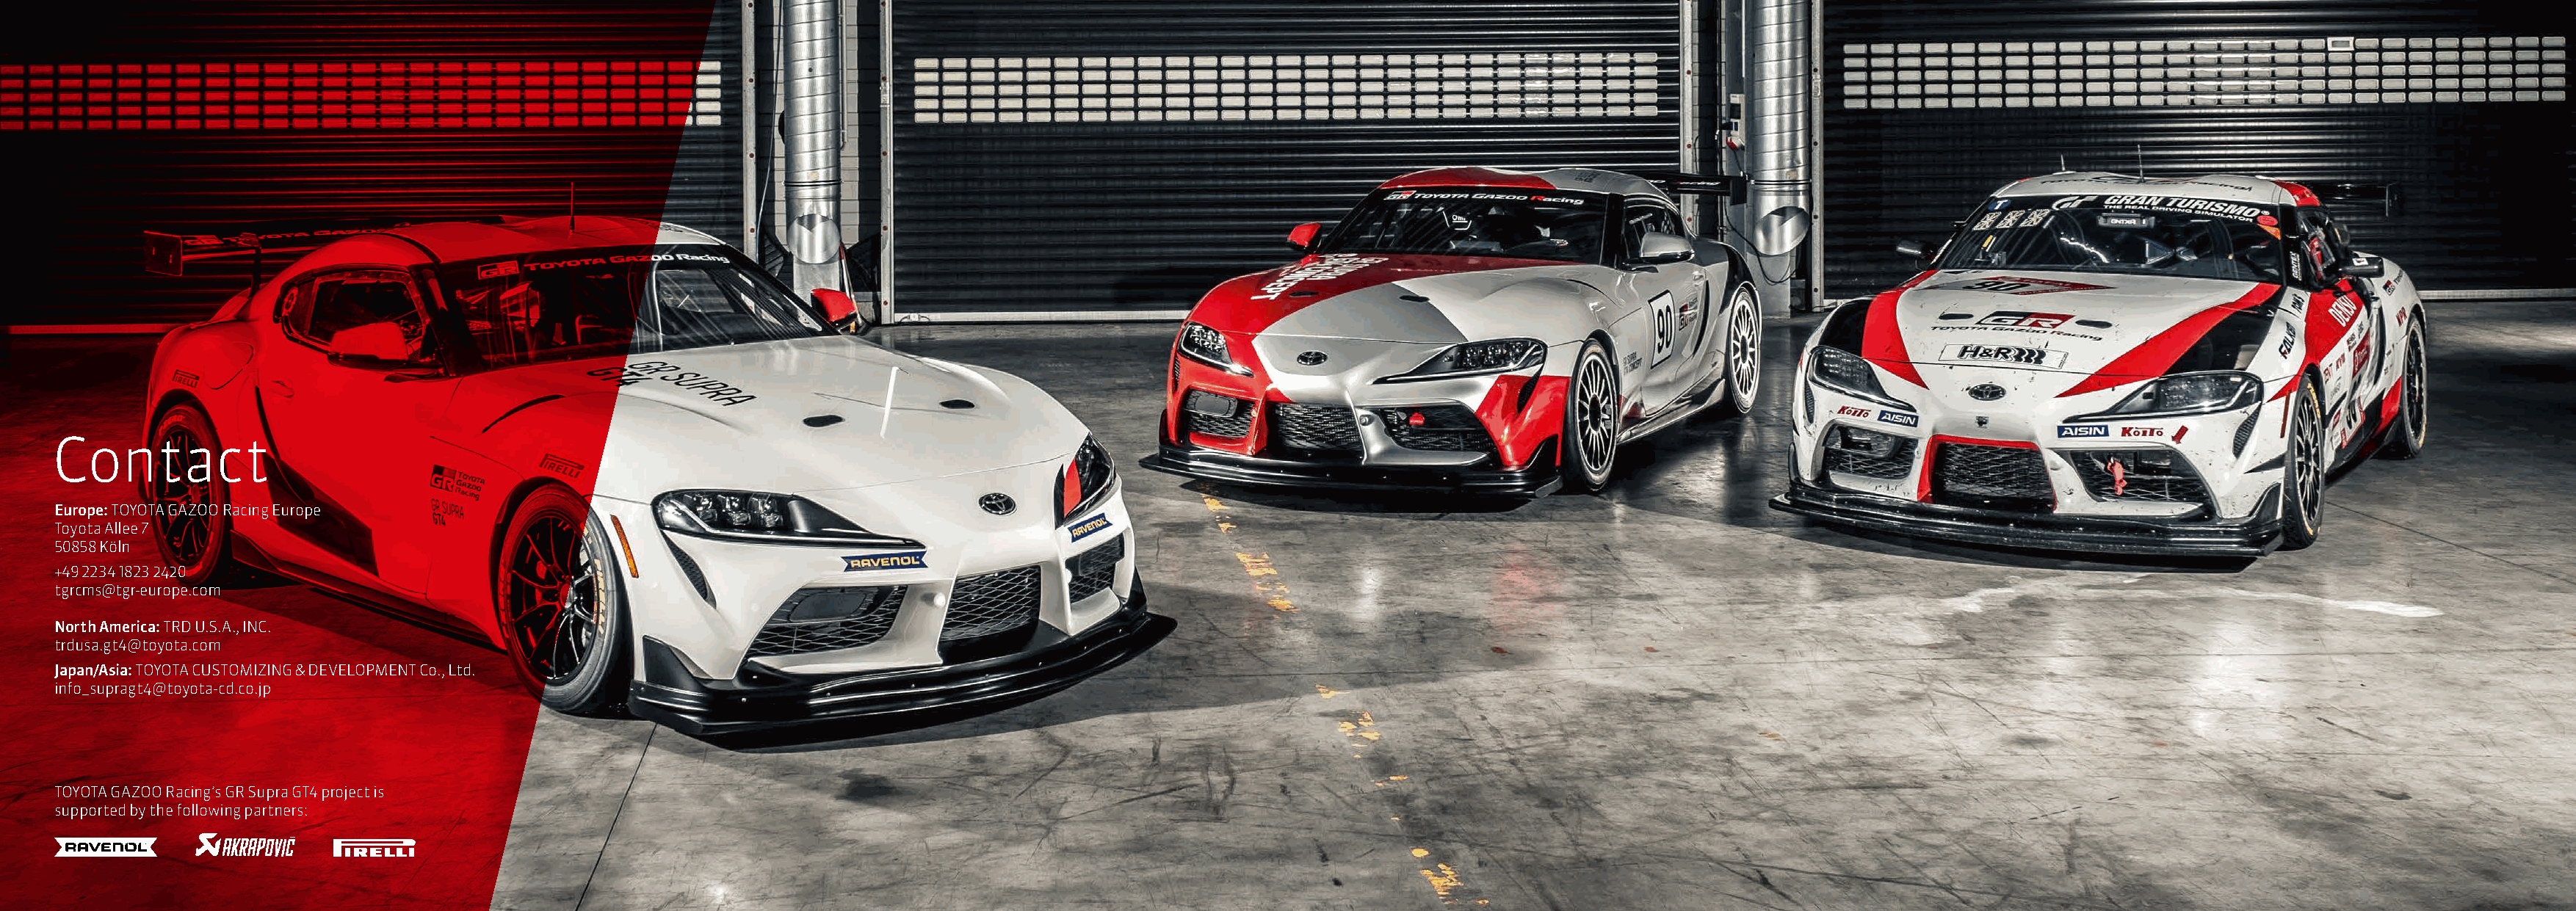
Contact
 Europe: TOYOTA GAZOO Racing Europe
 Toyota Allee 7
 50858 Köln
 +49 2234 1823 2420
 tgrcms@tgr-europe.com
 North America: TRD U.S.A., INC.
 trdusa.gt4@toyota.com
 Japan/Asia: TOYOTA CUSTOMIZING & DEVELOPMENT Co., Ltd.
 info_supragt4@toyota-cd.co.jp
 TOYOTA GAZOO Racing’s GR Supra GT4 project is
 supported by the following partners: